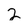
Character: 2